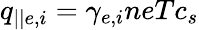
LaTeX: q_{||e,i}=\gamma_{e,i}neTc_{s}